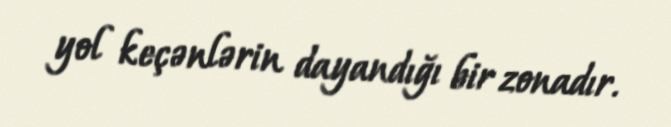
yol keçənlərin dayandığı bir zonadır.